Annual report on the Civil Veterinary Department, Burma (including the Insein Veterinary School) - 1923-1931
Year: 1923
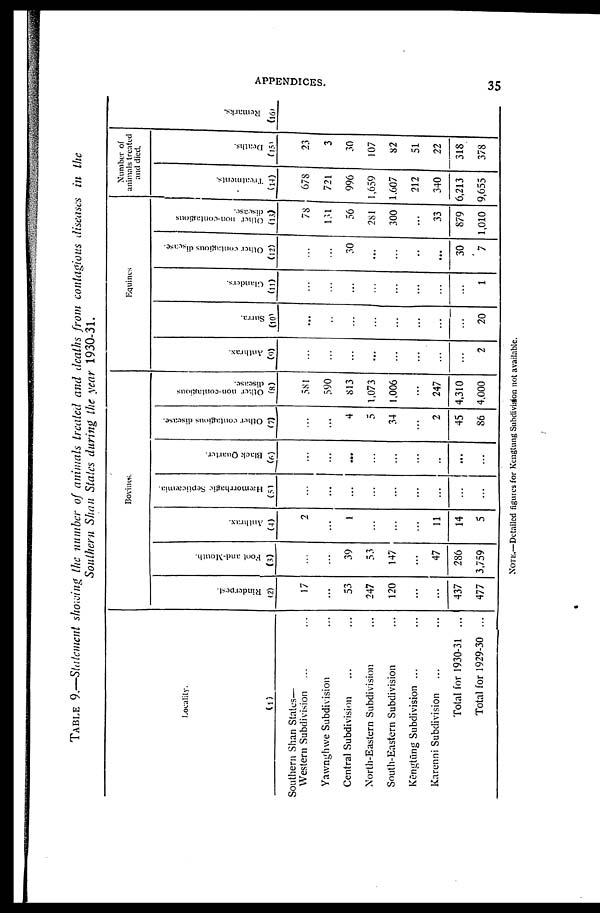
APPENDICES.
35
TABLE 9.—Statement showing the number of animals treated and deaths from contagious diseases in the
Southern Shan States during the year 1930-31.
Locality.
(1)
Southern Shan States—
Western Subdivision ... ...
Yawnghwe Subdivision ...
Central Subdivision ... ...
North-Eastern Subdivision ...
South-Eastern Subdivision ...
Kēntūng Subdivision ... ...
Karenni Subdivision ... ...
Total for 1930-31 ...
Total for 1929-30 ...
Bovines.
Rinderpest.
(2)
17
...
53
247
120
...
...
437
477
Foot and-Mouth.
(3)
...
...
39
53
147
...
47
286
3,759
Anthrax.
(4)
2
...
1
...
...
...
11
14
5
Hæmorrhagic Septicæmia.
(5)
...
...
...
...
...
...
...
...
...
Black Quarter.
(6)
...
...
...
...
...
...
...
...
...
Other contagious disease.
(7)
...
...
4
5
34
...
2
45
86
Other non-contagious
disease.
(8)
581
590
813
1,073
1,006
...
247
4,310
4,000
Equine
Anthrax.
(0)
...
...
...
...
...
...
...
...
2
Surra.
(10)
...
...
...
...
...
...
...
...
20
Glanders.
(11)
...
...
...
...
...
...
...
...
1
Other contagious disease.
(12)
...
...
30
...
...
...
...
30
7
Other non-contagious
disease.
(13)
78
131
56
281
300
...
33
879
1,010
Number of
animal treated
and died.
Treatments.
(14)
678
721
996
1,659
1,607
212
340
6,213
9,655
Deaths.
(15)
23
3
30
107
82
51
22
318
378
Remarks.
(16)
NOTE.—Detailed figures for Kengtung Subdivision not available.